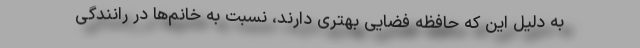
به دلیل این که حافظه فضایی بهتری دارند، نسبت به خانم‌ها در رانندگی